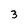
Character: 3